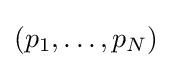
\left(p_{1},\ldots ,p_{N}\right)